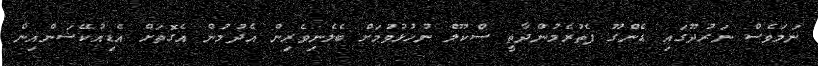
ނަމަވެސް ނަރުދޫގައި ޑެންގޫ ފެތުރެމުންދާތީ ސްކޫލް ނުހުޅުވުމަށް ބެލެނިވެރިން އެދުމުން އެގޮތަށް އެޑިއުކޭޝަންއިން